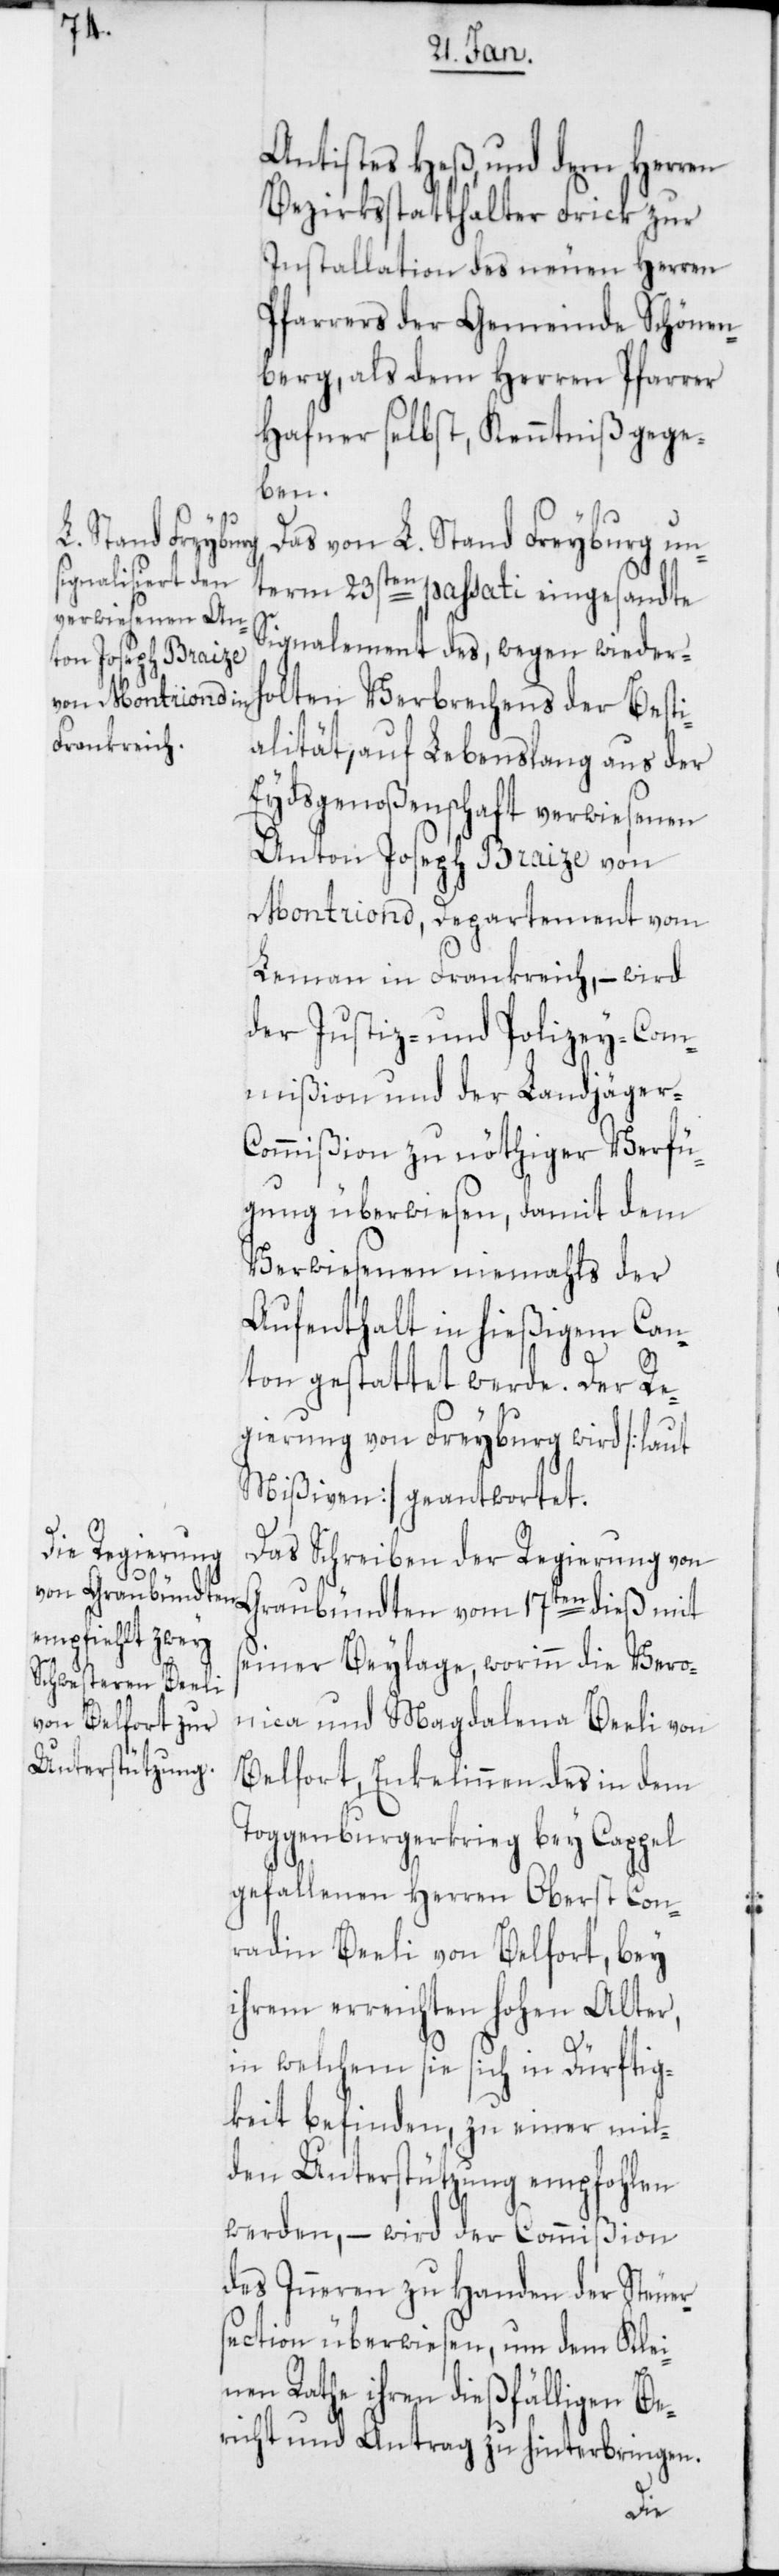
s¬

Antistes Heß, und dem Herren
Bezirksstatthalter Frick zur
Installation des neuen Herren
Pfarrers der Gemeinde Schönen¬
berg, als dem Herren Pfarrer
Hafner selbst, Kenntniß gege¬
ben.
Das von L. Stand Freyburg un¬
term 23sten passati eingesandte
Signalement des, wegen wiederho¬
lten Verbrechens der Besti¬
alität, auf Lebenslang aus der
Eydsgenoßenschaft verwiesenen
Anton Joseph Braize von
Montriond, Departement vom
Leman in Frankreich, – wird
der Justiz- und Polizey-Com¬
mißion und der Landjäger-C¬
ommißion zu nöthiger Verfü¬
gung überwiesen, damit dem
Verwiesenen niemahls der
Aufenthalt in hießigem Can¬
ton gestattet werde. Der Re¬
gierung von Freyburg wird [laut
Mißiven] geantwortet.
Das Schreiben der Regierung von
Graubündten vom 17ten dieß mit
einer Beylage, worinn die Vero¬
nica und Magdalena Beeli von
Belfort, Enkelinnen des in dem
Toggenburgerkrieg bey Cappel
gefallenen Herren Oberst Con¬
radin Beeli von Belfort, bey
ihrem erreichten hohen Alter,
in welchem sie sich in Dürftig¬
keit befinden, zu einer mil¬
den Unterstützung empfohlen
werden, – wird der Commißion
des Inneren zu Handen der Steuer¬
section überwiesen, um dem Klei¬
nen Rathe ihren dießfälligen Be¬
richt und Antrag zu hinterbringen.